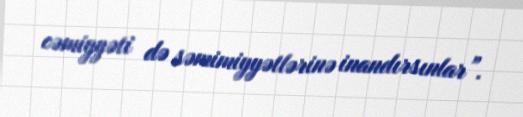
cəmiyyəti də səmimiyyətlərinə inandırsınlar”.